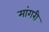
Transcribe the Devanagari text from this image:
मांगरी